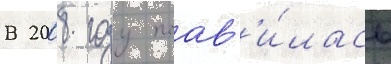
В 2008 году поав'и́лась